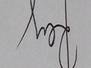
Signature authenticity: genuine